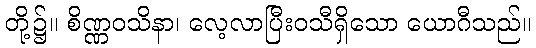
တို့၌။ စိဏ္ဏဝသိနာ၊ လေ့လာပြီးဝသီရှိသော ယောဂီသည်။